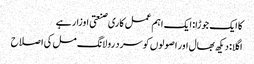
کا ایک جوڑا: ایک اہم عمل کاری صنعتی اوزار ہے
اگلا: دیکھ بھال اور اصولوں کو سرد رولانگ مل کی اصلاح